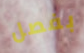
بفصل